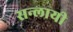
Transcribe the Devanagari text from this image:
सन्लायी